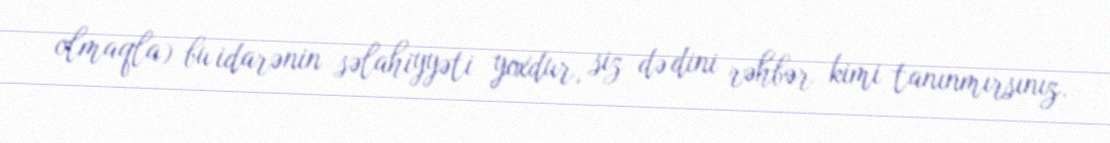
olmaqla) bu idarənin səlahiyyəti yoxdur, siz də dini rəhbər kimi tanınmırsınız.